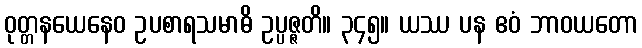
ဝုတ္တနယေနေဝ ဥပစာရသမာဓိ ဥပ္ပဇ္ဇတိ။ ၃၄၅။ ယဿ ပန ဧဝံ ဘာဝယတော